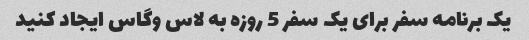
یک برنامه سفر برای یک سفر 5 روزه به لاس وگاس ایجاد کنید